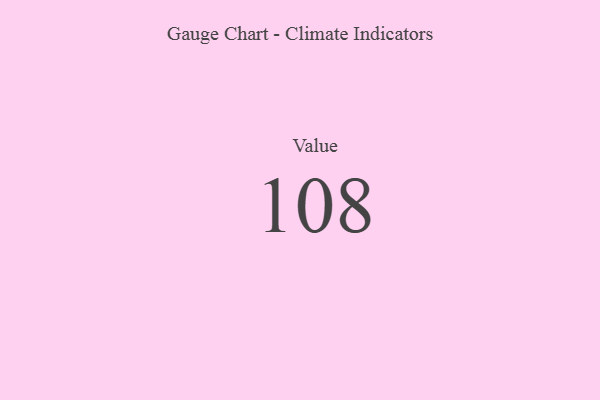
{"axis": {"x": "Metric", "y": "Value"}, "legend": [""], "data": [{"x": "Value", "y": 108, "type": ""}]}